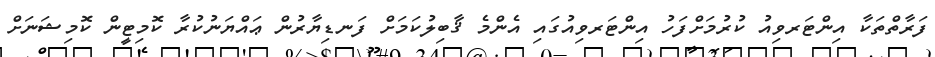
ފަރާތްތަކާ އިންޓަރވިއު ކުރުމަށްފަހު އިންޓަރވިއުގައި އެންމެ ޤާބިލުކަމަށް ފަނޑިޔާރުން ޢައްޔަނުކުރާ ކޮމިޓީން ކޮމިޝަނަށް